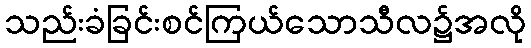
သည်းခံခြင်းစင်ကြယ်သောသီလ၌အလို